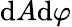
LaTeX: \mathrm{d}A\mathrm{d}\varphi